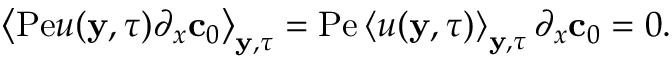
\begin{array} { r } { \left\langle \mathrm { P e } u ( \mathbf { y } , \tau ) \partial _ { x } \mathbf { c } _ { 0 } \right\rangle _ { \mathbf { y } , \tau } = \mathrm { P e } \left\langle u ( \mathbf { y } , \tau ) \right\rangle _ { \mathbf { y } , \tau } \partial _ { x } \mathbf { c } _ { 0 } = 0 . } \end{array}